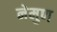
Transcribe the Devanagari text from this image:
नेमुण